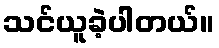
သင်ယူခဲ့ပါတယ်။